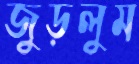
জুড়লুম